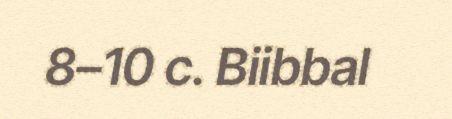
8–10 c. Biibbal